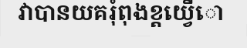
វាបានយគរុំពុងខ្តយ្វើោ